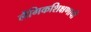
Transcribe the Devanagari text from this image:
लैंगिकशिक्षणाची